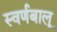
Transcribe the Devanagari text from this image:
स्वर्णबालू